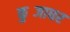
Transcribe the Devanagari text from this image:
कुब्जाघर